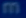
m